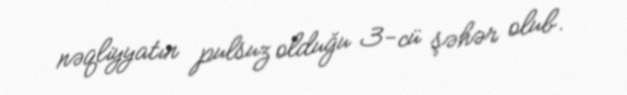
nəqliyyatın pulsuz olduğu 3-cü şəhər olub.